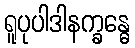
ရူပုပါဒါနက္ခန္ဓေ